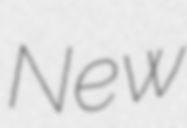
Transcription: New